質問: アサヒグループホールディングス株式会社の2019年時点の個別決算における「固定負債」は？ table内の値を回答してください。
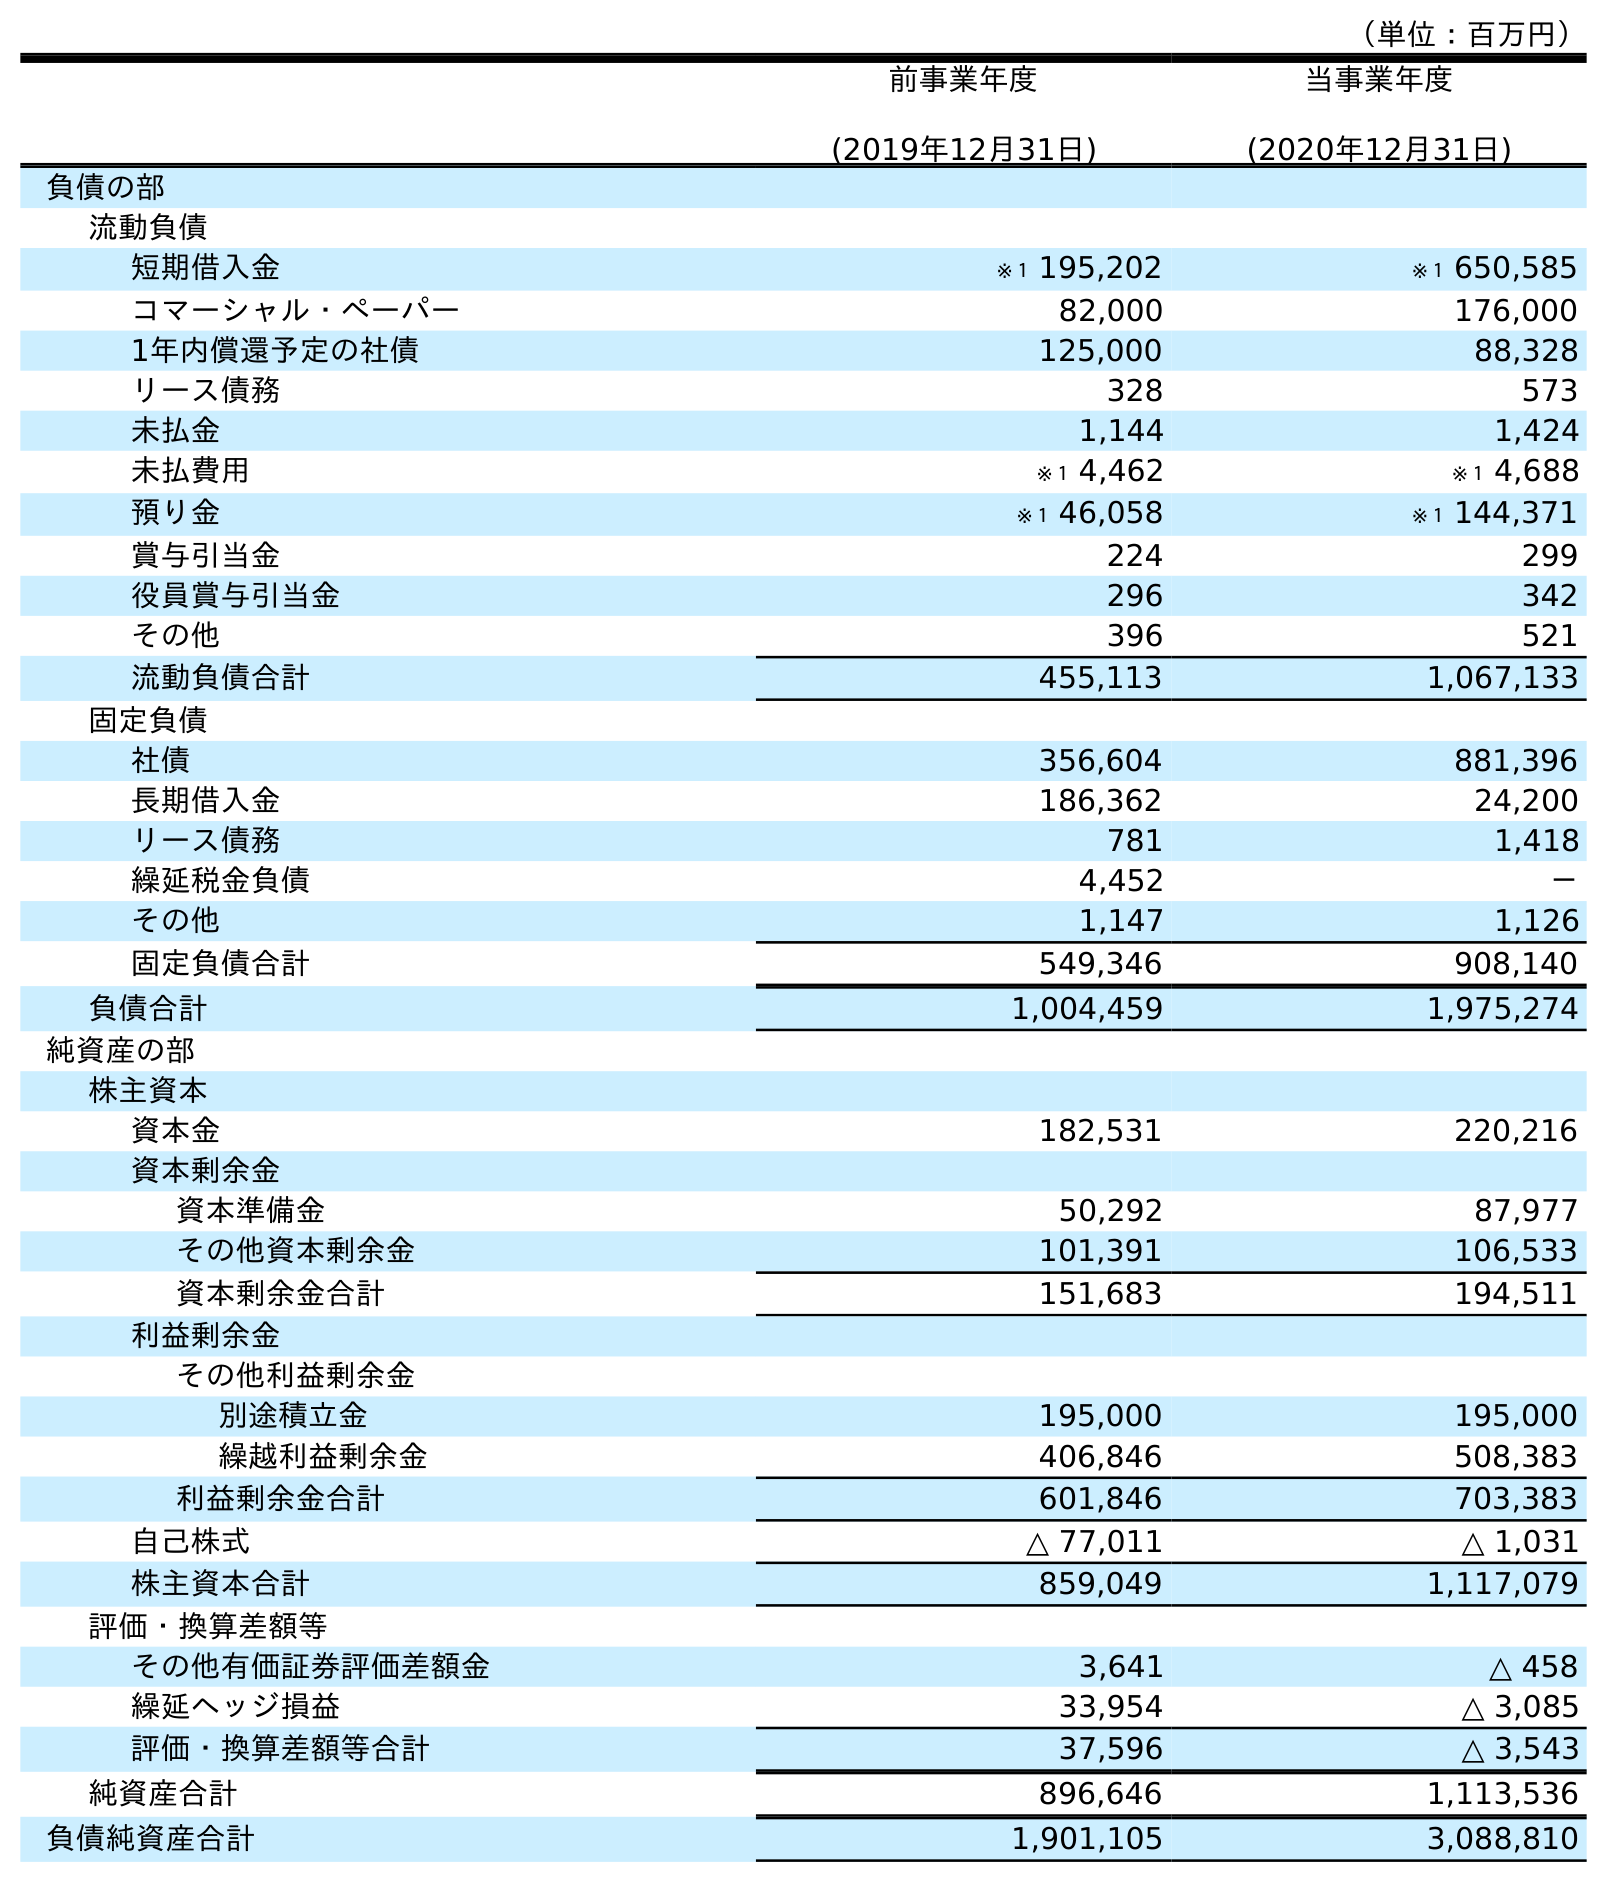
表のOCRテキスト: （単位：百万円） 前事業年度 (2019年12月31日) 当事業年度 (2020年12月31日) 負債の部 流動負債 短期借入金 ※１ 195,202 ※１ 650,585 コマーシャル・ペーパー 82,000 176,000 1年内償還予定の社債 125,000 88,328 リース債務 328 573 未払金 1,144 1,424 未払費用 ※１ 4,462 ※１ 4,688 預り金 ※１ 46,058 ※１ 144,371 賞与引当金 224 299 役員賞与引当金 296 342 その他 396 521 流動負債合計 455,113 1,067,133 固定負債 社債 356,604 881,396 長期借入金 186,362 24,200 リース債務 781 1,418 繰延税金負債 4,452 － その他 1,147 1,126 固定負債合計 549,346 908,140 負債合計 1,004,459 1,975,274 純資産の部 株主資本 資本金 182,531 220,216 資本剰余金 資本準備金 50,292 87,977 その他資本剰余金 101,391 106,533 資本剰余金合計 151,683 194,511 利益剰余金 その他利益剰余金 別途積立金 195,000 195,000 繰越利益剰余金 406,846 508,383 利益剰余金合計 601,846 703,383 自己株式 △ 77,011 △ 1,031 株主資本合計 859,049 1,117,079 評価・換算差額等 その他有価証券評価差額金 3,641 △ 458 繰延ヘッジ損益 33,954 △ 3,085 評価・換算差額等合計 37,596 △ 3,543 純資産合計 896,646 1,113,536 負債純資産合計 1,901,105 3,088,810
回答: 549,346